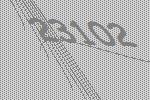
23102